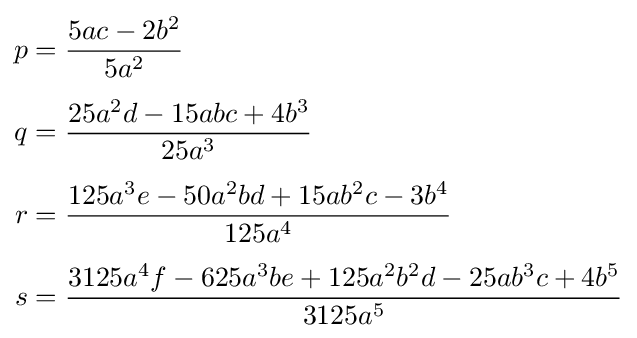
{\begin{aligned}p&={\frac {5ac-2b^{2}}{5a^{2}}}\\[4pt]q&={\frac {25a^{2}d-15abc+4b^{3}}{25a^{3}}}\\[4pt]r&={\frac {125a^{3}e-50a^{2}bd+15ab^{2}c-3b^{4}}{125a^{4}}}\\[4pt]s&={\frac {3125a^{4}f-625a^{3}be+125a^{2}b^{2}d-25ab^{3}c+4b^{5}}{3125a^{5}}}\end{aligned}}